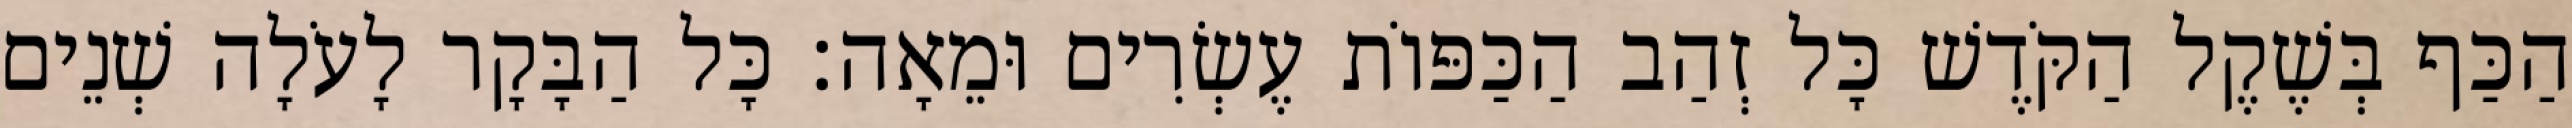
הַכַּף בְּשֶׁקֶל הַקֹּדֶשׁ כָּל זְהַב הַכַּפּוֹת עֶשְׂרִים וּמֵאָה׃ כָּל הַבָּקָר לָעֹלָה שְׁנֵים